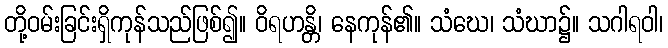
တို့ဝမ်းခြင်းရှိကုန်သည်ဖြစ်၍။ ဝိရဟန္တိ၊ နေကုန်၏။ သံဃေ၊ သံဃာ၌။ သဂါရဝါ၊